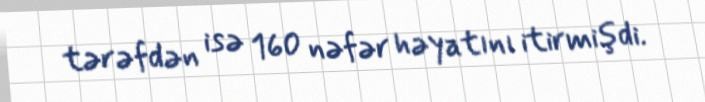
tərəfdən isə 160 nəfər həyatını itirmişdi.